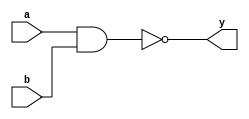
module nand_gate (output y, input a, b);
  assign y = ~(a & b);
endmodule

module not_gate (output y, input a);
  nand_gate nand1 (y, a, a);
endmodule

module and_gate (output y, input a, b);
  nand_gate nand1 (nand1_out, a, b);
  not_gate not1 (y, nand1_out);
endmodule

module or_gate (output y, input a, b);
  not_gate not1 (not1_out, a);
  not_gate not2 (not2_out, b);
  nand_gate nand1 (nand1_out, not1_out, not2_out);
  not_gate not3 (y, nand1_out);
endmodule

module xor_gate (output y, input a, b);
  nand_gate nand1 (nand1_out, a, b);
  or_gate or1 (or1_out, a, b);
  and_gate and1 (y, nand1_out, or1_out);
endmodule

module mux_2to1 (output y, input a, b, sel);
  not_gate not1 (not_sel, sel);
  and_gate and1 (a_out, a, not_sel);
  and_gate and2 (b_out, b, sel);
  or_gate or1 (y, a_out, b_out);
endmodule

module demux_1to2 (output y0, y1, input a, sel);
  not_gate not1 (not_sel, sel);
  and_gate and1 (y0, a, not_sel);
  and_gate and2 (y1, a, sel);
endmodule